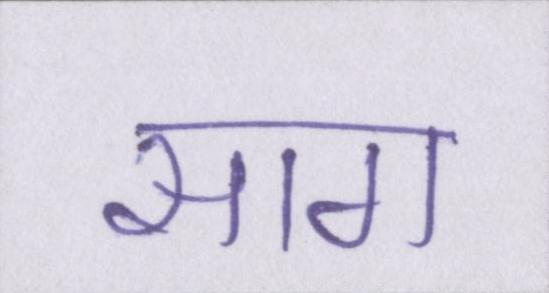
साग